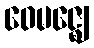
ဝေမဇ္ဈေ